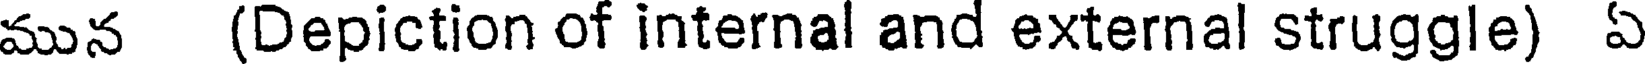
మున (Depiction of internal and external struggle) ఏ